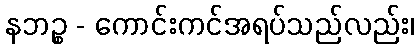
နဘဉ္စ - ကောင်းကင်အရပ်သည်လည်း၊